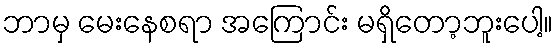
ဘာမှ မေးနေစရာ အကြောင်း မရှိတော့ဘူးပေါ့။